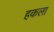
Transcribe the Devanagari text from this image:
हकला